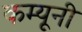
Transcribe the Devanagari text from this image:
कम्यूनी